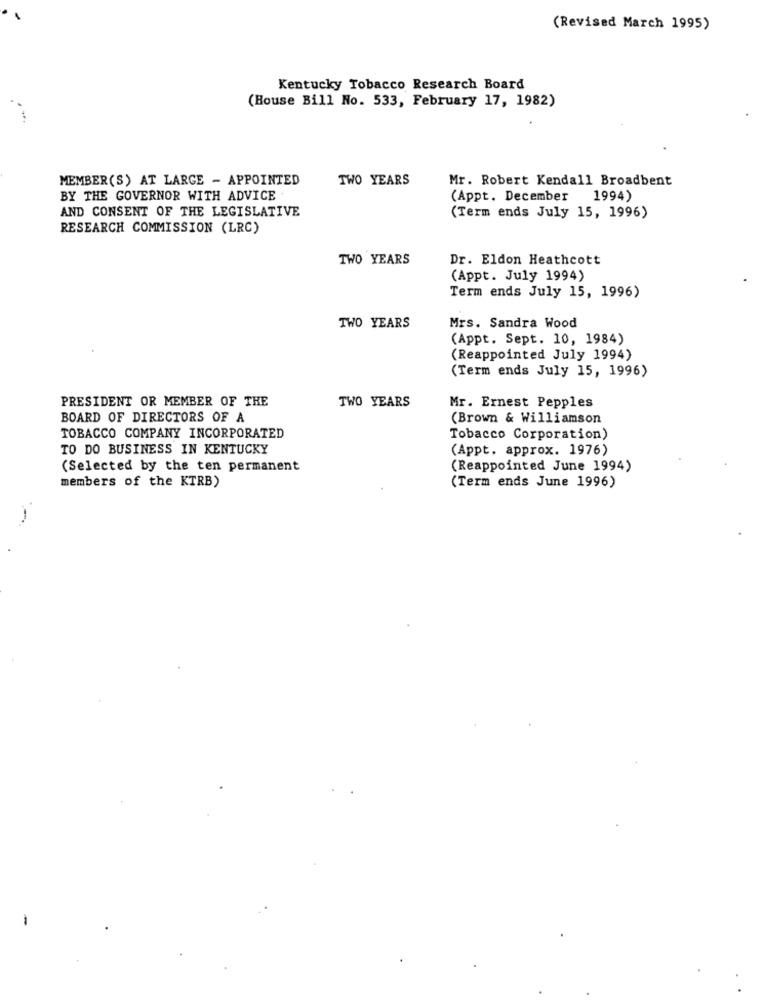
(Revised March 1995)
Kentucky Tobacco Research Board
(House Bill No. 533, February 17, 1982)
MEMBER(S) AT LARGE - APPOINTED
TWO YEARS
Mr. Robert Kendall Broadbent
BY THE GOVERNOR WITH ADVICE
(Appt. December
1994)
AND CONSENT OF THE LEGISLATIVE
(Term ends July 15, 1996)
RESEARCH COMMISSION (LRC)
TWO YEARS
Dr. Eldon Heathcott
(Appt. July 1994)
Term ends July 15, 1996)
TWO YEARS
Mrs. Sandra Wood
(Appt. Sept. 10, 1984)
(Reappointed July 1994)
(Term ends July 15, 1996)
PRESIDENT OR MEMBER OF THE
TWO YEARS
Mr. Ernest Pepples
BOARD OF DIRECTORS OF A
(Brown & Williamson
TOBACCO COMPANY INCORPORATED
Tobacco Corporation)
TO DO BUSINESS IN KENTUCKY
(Appt. approx. 1976)
(Selected by the ten permanent
(Reappointed June 1994)
members of the KTRB)
(Term ends June 1996)